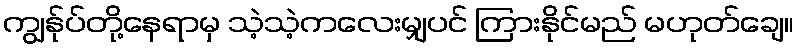
ကျွန်ုပ်တို့နေရာမှ သဲ့သဲ့ကလေးမျှပင် ကြားနိုင်မည် မဟုတ်ချေ။